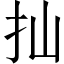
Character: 𢩳